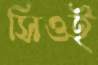
সিওই